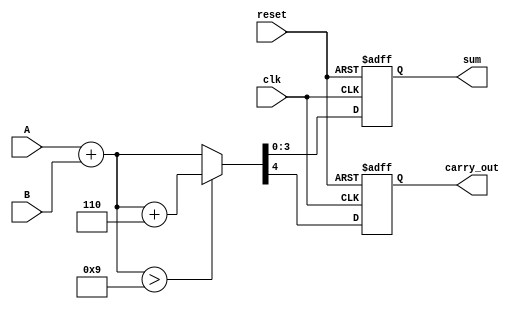
module BCD_Redundant_Binary_Adder (
    input wire [3:0] A,       // First BCD input
    input wire [3:0] B,       // Second BCD input
    input wire clk,           // Clock signal
    input wire reset,         // Reset signal
    output reg [3:0] sum,     // BCD output result
    output reg carry_out      // Carry-out signal
);

    reg [4:0] temp_sum;       // Temporary sum to hold the addition result
    reg [4:0] adjusted_sum;   // Adjusted sum after BCD correction

    always @(posedge clk or posedge reset) begin
        if (reset) begin
            sum <= 4'b0000;
            carry_out <= 1'b0;
        end else begin
            // Step 1: Add the two BCD inputs
            temp_sum = A + B;

            // Step 2: Check if the sum exceeds 9 (1001 in binary)
            if (temp_sum > 4'b1001) begin
                // Step 3: Adjust the sum by adding 6 (0110 in binary)
                adjusted_sum = temp_sum + 5'b00110; // 6 in binary
            end else begin
                adjusted_sum = temp_sum;
            end

            // Step 4: Assign the adjusted sum to the output
            sum <= adjusted_sum[3:0]; // Take the lower 4 bits
            carry_out <= adjusted_sum[4]; // Carry-out is the 5th bit
        end
    end

endmodule